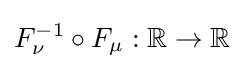
F_{\nu }^{-1}\circ F_{\mu }:\mathbb {R} \to \mathbb {R}